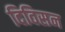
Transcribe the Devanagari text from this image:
दिविसन